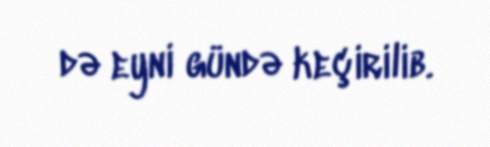
də eyni gündə keçirilib.